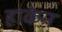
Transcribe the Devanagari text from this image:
हाकेन